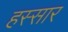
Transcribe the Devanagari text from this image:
हस्सार